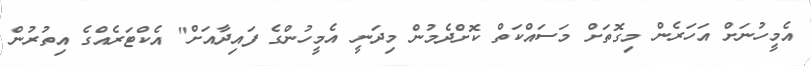
އެމީހުނަށް އަހަރެން މިގޮތަށް މަސައްކަތް ކޮށްދެމުން މިދަނީ އެމީހުންގެ ފައިދާއަށް" އެކްޓަރެއްގެ އިތުރުން